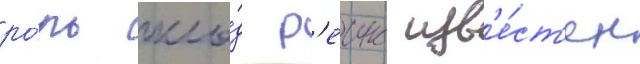
ро́ль кло́д р'еинс изв'е́ст'ен